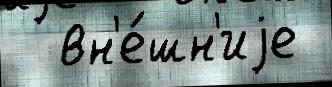
  вн'е́шн'иjе